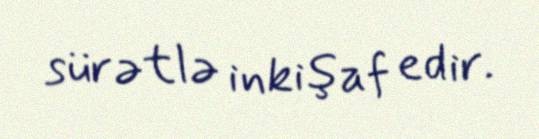
sürətlə inkişaf edir.